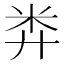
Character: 𥸭